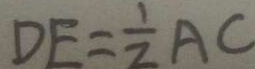
D E = \frac { 1 } { 2 } A C